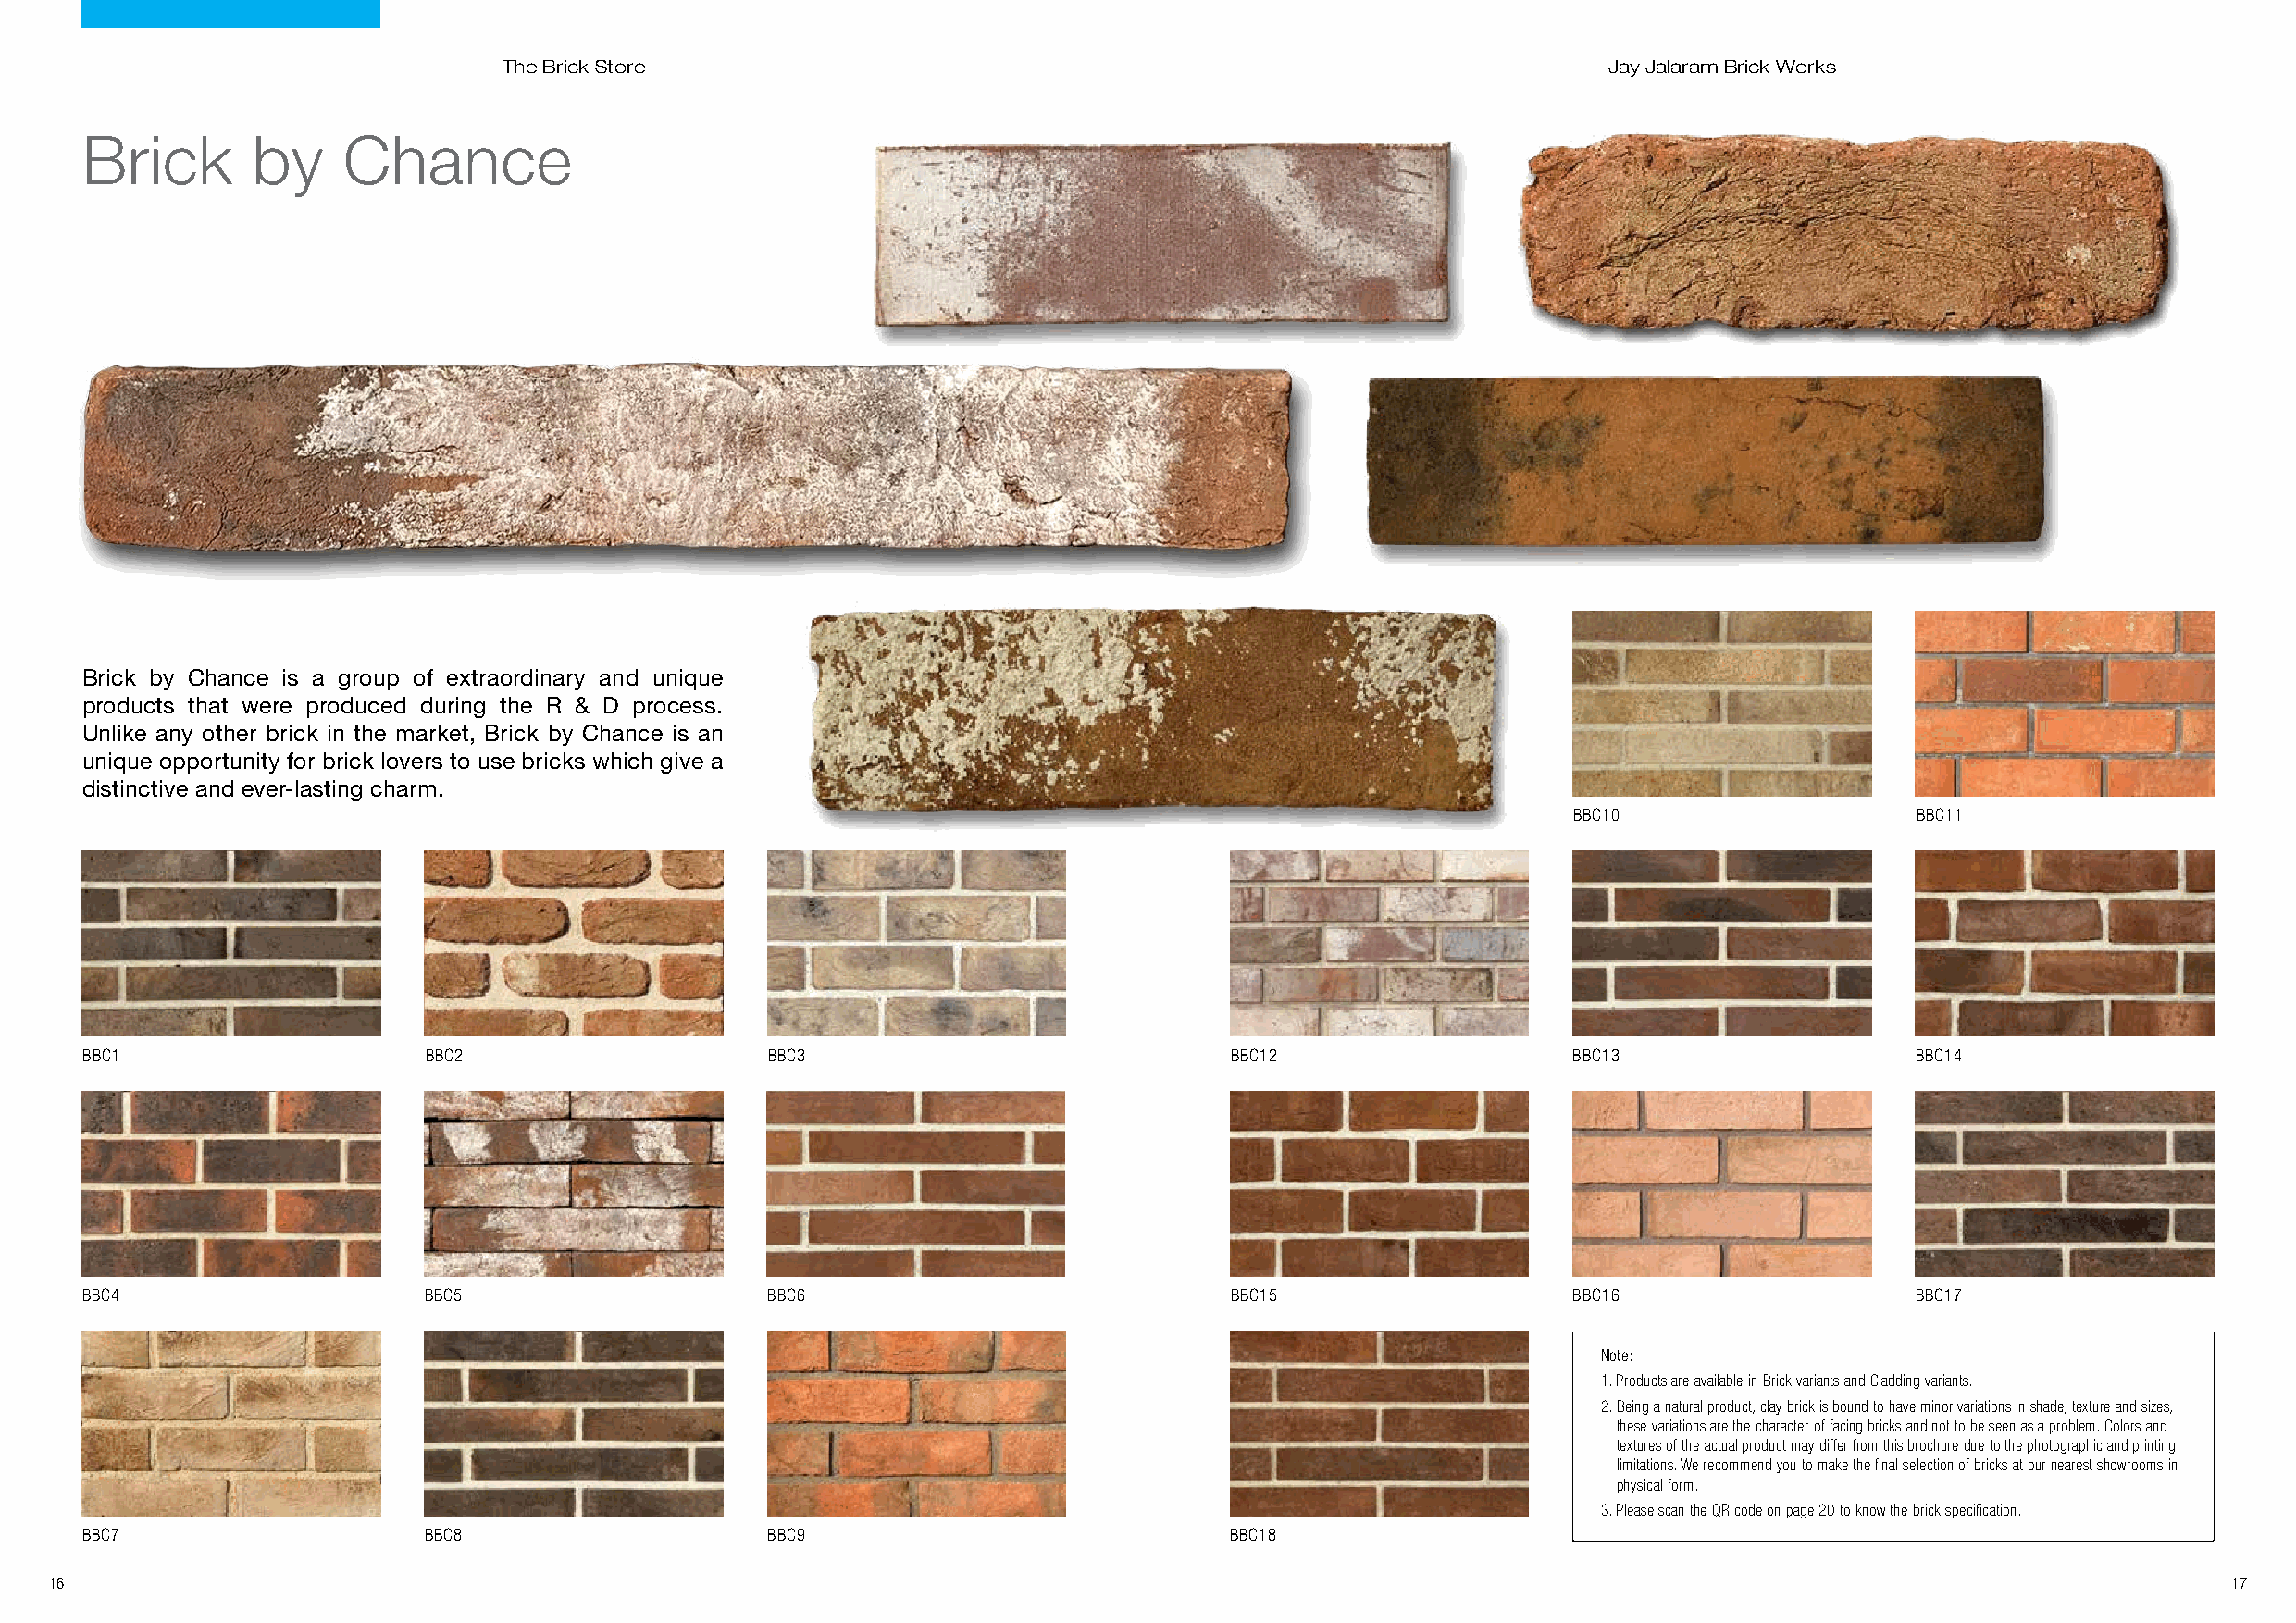
The Brick Store                                                                Jay Jalaram Brick Works
 Brick       by     Chance
 Brick by Chance is a group of extraordinary and unique
 products that were produced during the R & D process.
 Unlike any other brick in the market, Brick by Chance is an
 unique opportunity for brick lovers to use bricks which give a
 distinctive and ever-lasting charm.
 BBC10                   BBC11
 BBC1                    BBC2                     BBC3                             BBC12                   BBC13                    BBC14
 BBC4                    BBC5                     BBC6                             BBC15                   BBC16                    BBC17
 Note:
 1. Products are available in Brick variants and Cladding variants.
 2. Being a natural product, clay brick is bound to have minor variations in shade, texture and sizes,
 these variations are the character of facing bricks and not to be seen as a problem. Colors and
 textures of the actual product may differ from this brochure due to the photographic and printing
 limitations. We recommend you to make the final selection of bricks at our nearest showrooms in
 physical form.
 3. Please scan the QR code on page 20 to know the brick specification.
 BBC7                    BBC8                     BBC9                             BBC18
 16                                                                                                                                                          17